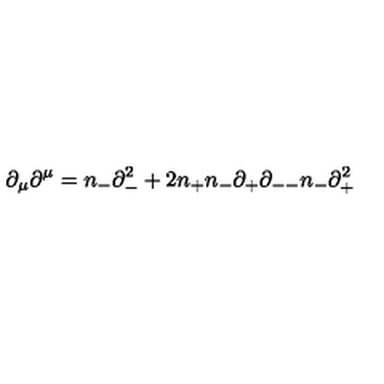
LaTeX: { \partial } _ { \mu } { \partial } ^ { \mu } = n _ { - } { \partial } _ { - } ^ { 2 } + 2 n _ { + } n _ { - } { \partial } _ { + } { \partial } _ { -- } n _ { - } { \partial } _ { + } ^ { 2 }